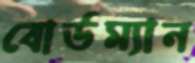
বোর্ডম্যান